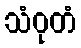
သံဝုတံ